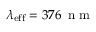
\lambda _ { \mathrm { e f f } } = 3 7 6 \ensuremath { \, \mathrm { ~ n ~ m ~ } }